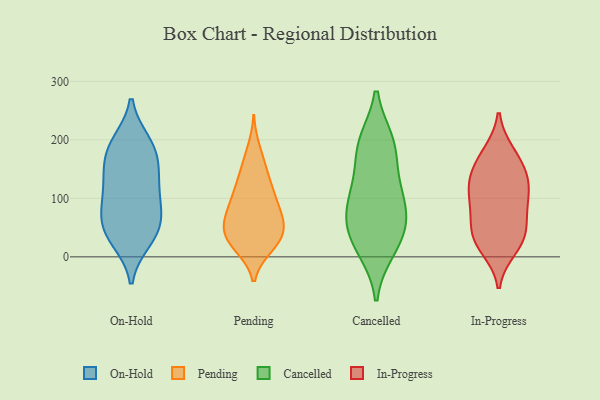
{"axis": {"x": "Gross Profit (USD K)", "y": "Value"}, "legend": ["Cancelled", "In-Progress", "On-Hold", "Pending"], "data": [{"x": "", "y": 65, "type": "On-Hold"}, {"x": "", "y": 196, "type": "On-Hold"}, {"x": "", "y": 141, "type": "On-Hold"}, {"x": "", "y": 144, "type": "On-Hold"}, {"x": "", "y": 128, "type": "On-Hold"}, {"x": "", "y": 176, "type": "On-Hold"}, {"x": "", "y": 76, "type": "On-Hold"}, {"x": "", "y": 103, "type": "On-Hold"}, {"x": "", "y": 37, "type": "On-Hold"}, {"x": "", "y": 36, "type": "On-Hold"}, {"x": "", "y": 58, "type": "On-Hold"}, {"x": "", "y": 95, "type": "On-Hold"}, {"x": "", "y": 196, "type": "On-Hold"}, {"x": "", "y": 178, "type": "On-Hold"}, {"x": "", "y": 28, "type": "On-Hold"}, {"x": "", "y": 23, "type": "Pending"}, {"x": "", "y": 71, "type": "Pending"}, {"x": "", "y": 28, "type": "Pending"}, {"x": "", "y": 116, "type": "Pending"}, {"x": "", "y": 73, "type": "Pending"}, {"x": "", "y": 103, "type": "Pending"}, {"x": "", "y": 155, "type": "Pending"}, {"x": "", "y": 68, "type": "Pending"}, {"x": "", "y": 51, "type": "Pending"}, {"x": "", "y": 18, "type": "Pending"}, {"x": "", "y": 46, "type": "Pending"}, {"x": "", "y": 50, "type": "Pending"}, {"x": "", "y": 184, "type": "Pending"}, {"x": "", "y": 74, "type": "Pending"}, {"x": "", "y": 33, "type": "Pending"}, {"x": "", "y": 107, "type": "Pending"}, {"x": "", "y": 17, "type": "Pending"}, {"x": "", "y": 118, "type": "Pending"}, {"x": "", "y": 150, "type": "Pending"}, {"x": "", "y": 141, "type": "Cancelled"}, {"x": "", "y": 70, "type": "Cancelled"}, {"x": "", "y": 18, "type": "Cancelled"}, {"x": "", "y": 116, "type": "Cancelled"}, {"x": "", "y": 192, "type": "Cancelled"}, {"x": "", "y": 93, "type": "Cancelled"}, {"x": "", "y": 45, "type": "Cancelled"}, {"x": "", "y": 12, "type": "Cancelled"}, {"x": "", "y": 196, "type": "Cancelled"}, {"x": "", "y": 193, "type": "Cancelled"}, {"x": "", "y": 86, "type": "Cancelled"}, {"x": "", "y": 49, "type": "Cancelled"}, {"x": "", "y": 15, "type": "In-Progress"}, {"x": "", "y": 149, "type": "In-Progress"}, {"x": "", "y": 51, "type": "In-Progress"}, {"x": "", "y": 27, "type": "In-Progress"}, {"x": "", "y": 103, "type": "In-Progress"}, {"x": "", "y": 82, "type": "In-Progress"}, {"x": "", "y": 127, "type": "In-Progress"}, {"x": "", "y": 119, "type": "In-Progress"}, {"x": "", "y": 172, "type": "In-Progress"}, {"x": "", "y": 88, "type": "In-Progress"}, {"x": "", "y": 31, "type": "In-Progress"}, {"x": "", "y": 42, "type": "In-Progress"}, {"x": "", "y": 135, "type": "In-Progress"}, {"x": "", "y": 177, "type": "In-Progress"}]}